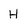
Character: H